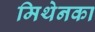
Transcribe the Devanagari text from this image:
मिथेनका